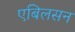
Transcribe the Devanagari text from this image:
एबिलसन